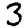
Digit: 3